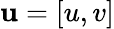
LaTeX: \mathbf{u}=[u,v]